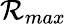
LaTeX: \mathcal{R}_{max}